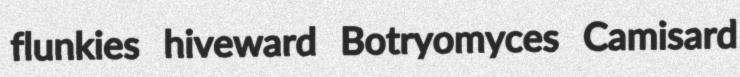
flunkies hiveward Botryomyces Camisard